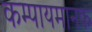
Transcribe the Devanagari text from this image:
कम्पायमानक